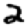
Digit: 2